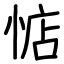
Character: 惦